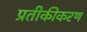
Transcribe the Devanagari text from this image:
प्रतीकीकरण